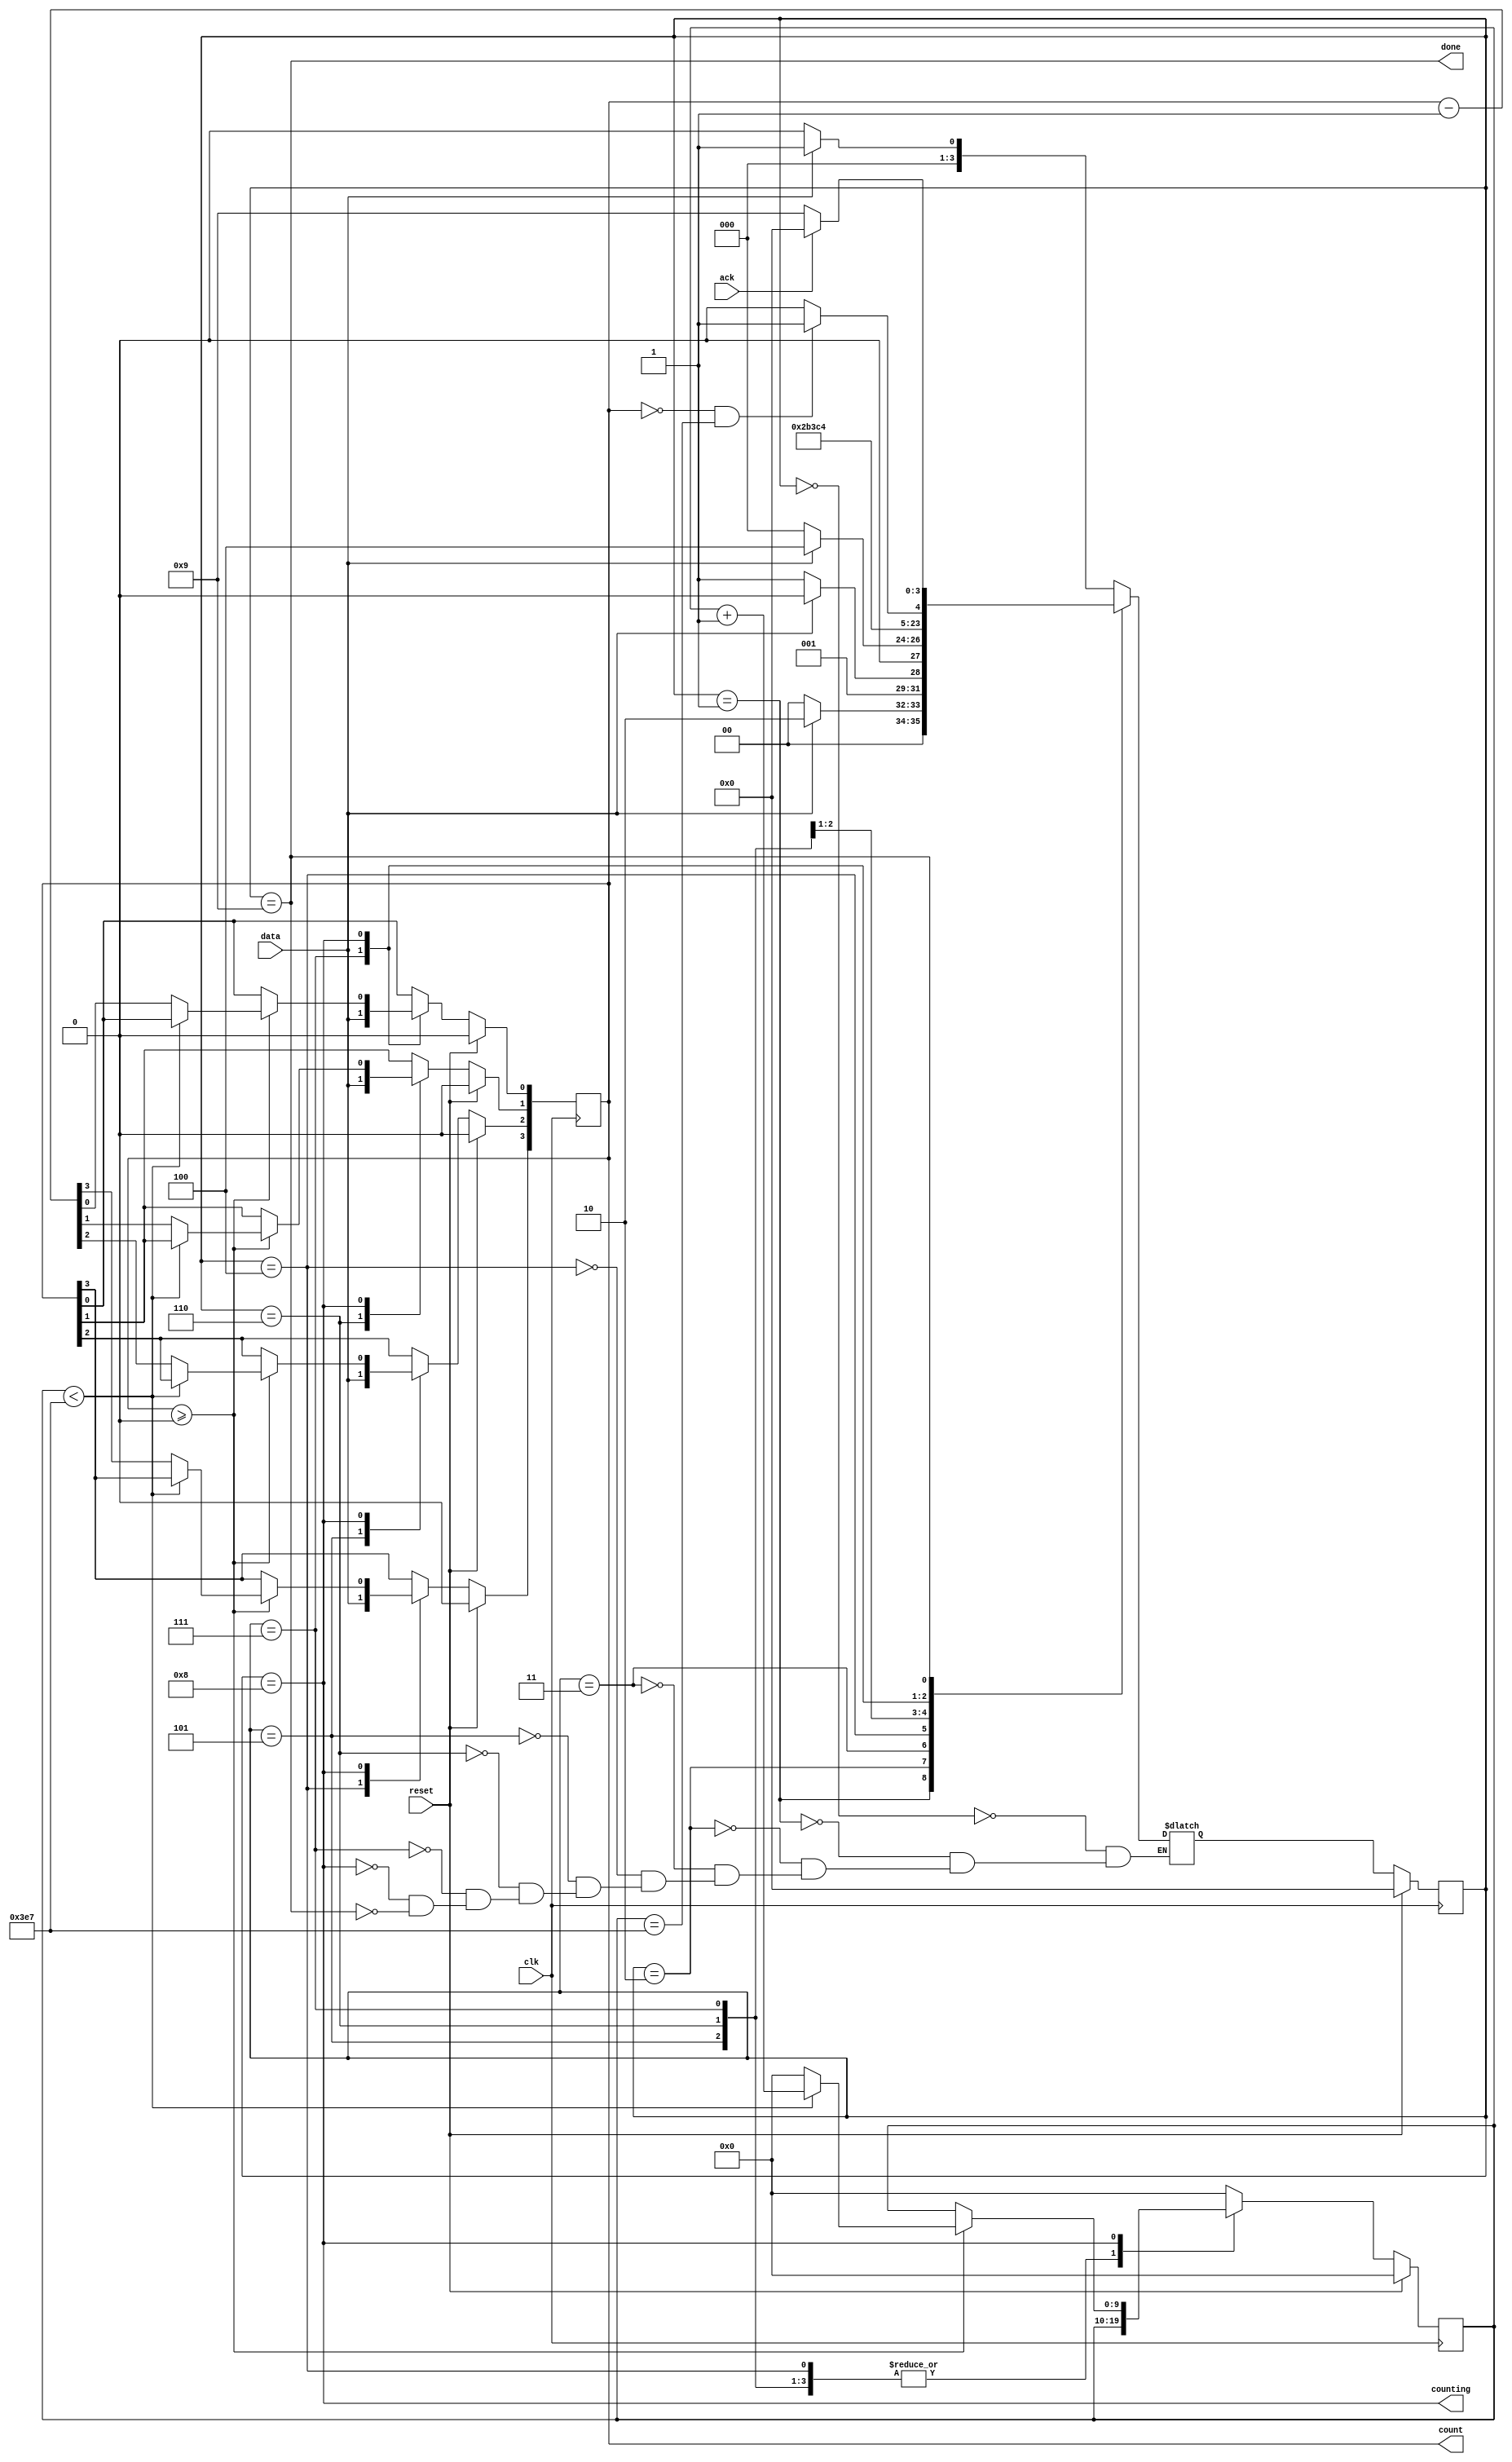
module top_module (
    input clk,
    input reset,      // Synchronous reset
    input data,
    output [3:0] count,
    output counting,
    output done,
    input ack );

    parameter idle = 0, s1 = 1, s2 = 2, s3 = 3, b0 = 4, b1 = 5;
    parameter b2 = 6, b3 = 7, counts = 8, waiting = 9;
    reg [3:0] state, next_state;
    reg [9:0] counter;

    always @(*) begin
        case (state)
            idle:   next_state = data ? s1 : idle;
            s1:     next_state = data ? s2 : idle;
            s2:     next_state = data ? s2 : s3;
            s3:     next_state = data ? b0 : idle;
            b0:     next_state = b1;
            b1:     next_state = b2;
            b2:     next_state = b3;
            b3:     next_state = counts;
            counts: next_state = (count == 0 && counter == 999) ? waiting : counts;
            waiting:next_state = ack ? idle : waiting;
        endcase
    end

    always @(posedge clk) begin
        if (reset) begin
            count <= 0;
            counter <= 0;
        end
        else begin
            case (state)
                b0: count[3] <= data;
                b1: count[2] <= data;
                b2: count[1] <= data;
                b3: count[0] <= data;
                counts: begin
                    if (count >= 0) begin
                        if (counter < 999) begin
                            counter <= counter + 1;
                        end
                        else begin
                            count <= count - 1;
                            counter <= 0;
                        end
                    end
                end
                default: counter <= 0;
            endcase
        end
    end

    always @(posedge clk) begin
        if (reset) begin
            state <= idle;
        end
        else begin
            state <= next_state;
        end
    end

    assign counting = (state == counts);
    assign done = (state == waiting);

endmodule